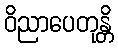
ဝိညာပေတုန္တိ